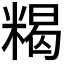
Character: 𥻉